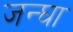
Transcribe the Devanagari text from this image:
जन्घा